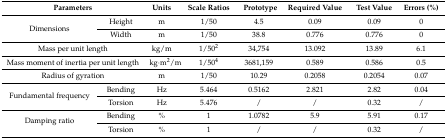
| <COLSPAN=2> Parameters | Units | Scale Ratios | Prototype | Required Value | Test Value | Errors (%) |
 | --- | --- | --- | --- | --- | --- | --- | --- |
 | <ROWSPAN=2> Dimensions | Height | m | 1/50 | 4.5 | 0.09 | 0.09 | 0 |
 | Width | m | 1/50 | 38.8 | 0.776 | 0.776 | 0 |
 | <COLSPAN=2> Mass per unit length | kg/m | 1/502 | 34,754 | 13.092 | 13.89 | 6.1 |
 | <COLSPAN=2> Mass moment of inertia per unit length | kg·m2/m | 1/504 | 3681,159 | 0.589 | 0.586 | 0.5 |
 | <COLSPAN=2> Radius of gyration | m | 1/50 | 10.29 | 0.2058 | 0.2054 | 0.07 |
 | <ROWSPAN=2> Fundamental frequency | Bending | Hz | 5.464 | 0.5162 | 2.821 | 2.82 | 0.04 |
 | Torsion | Hz | 5.476 | / | / | 0.32 | / |
 | <ROWSPAN=2> Damping ratio | Bending | % | 1 | 1.0782 | 5.9 | 5.91 | 0.17 |
 | Torsion | % | 1 | / | / | 0.32 | / |